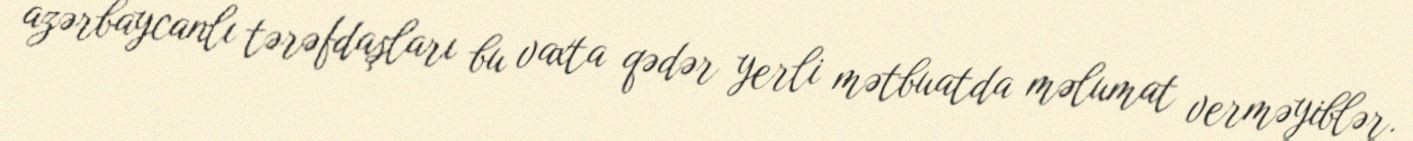
azərbaycanlı tərəfdaşları bu vaxta qədər yerli mətbuatda məlumat verməyiblər.